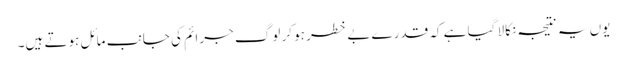
یوں یہ نتیجہ نکالا گیا ہے کہ قدرے بے خطر ہو کر لوگ جرائم کی جانب مائل ہوتے ہیں۔